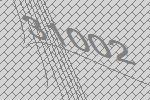
31002